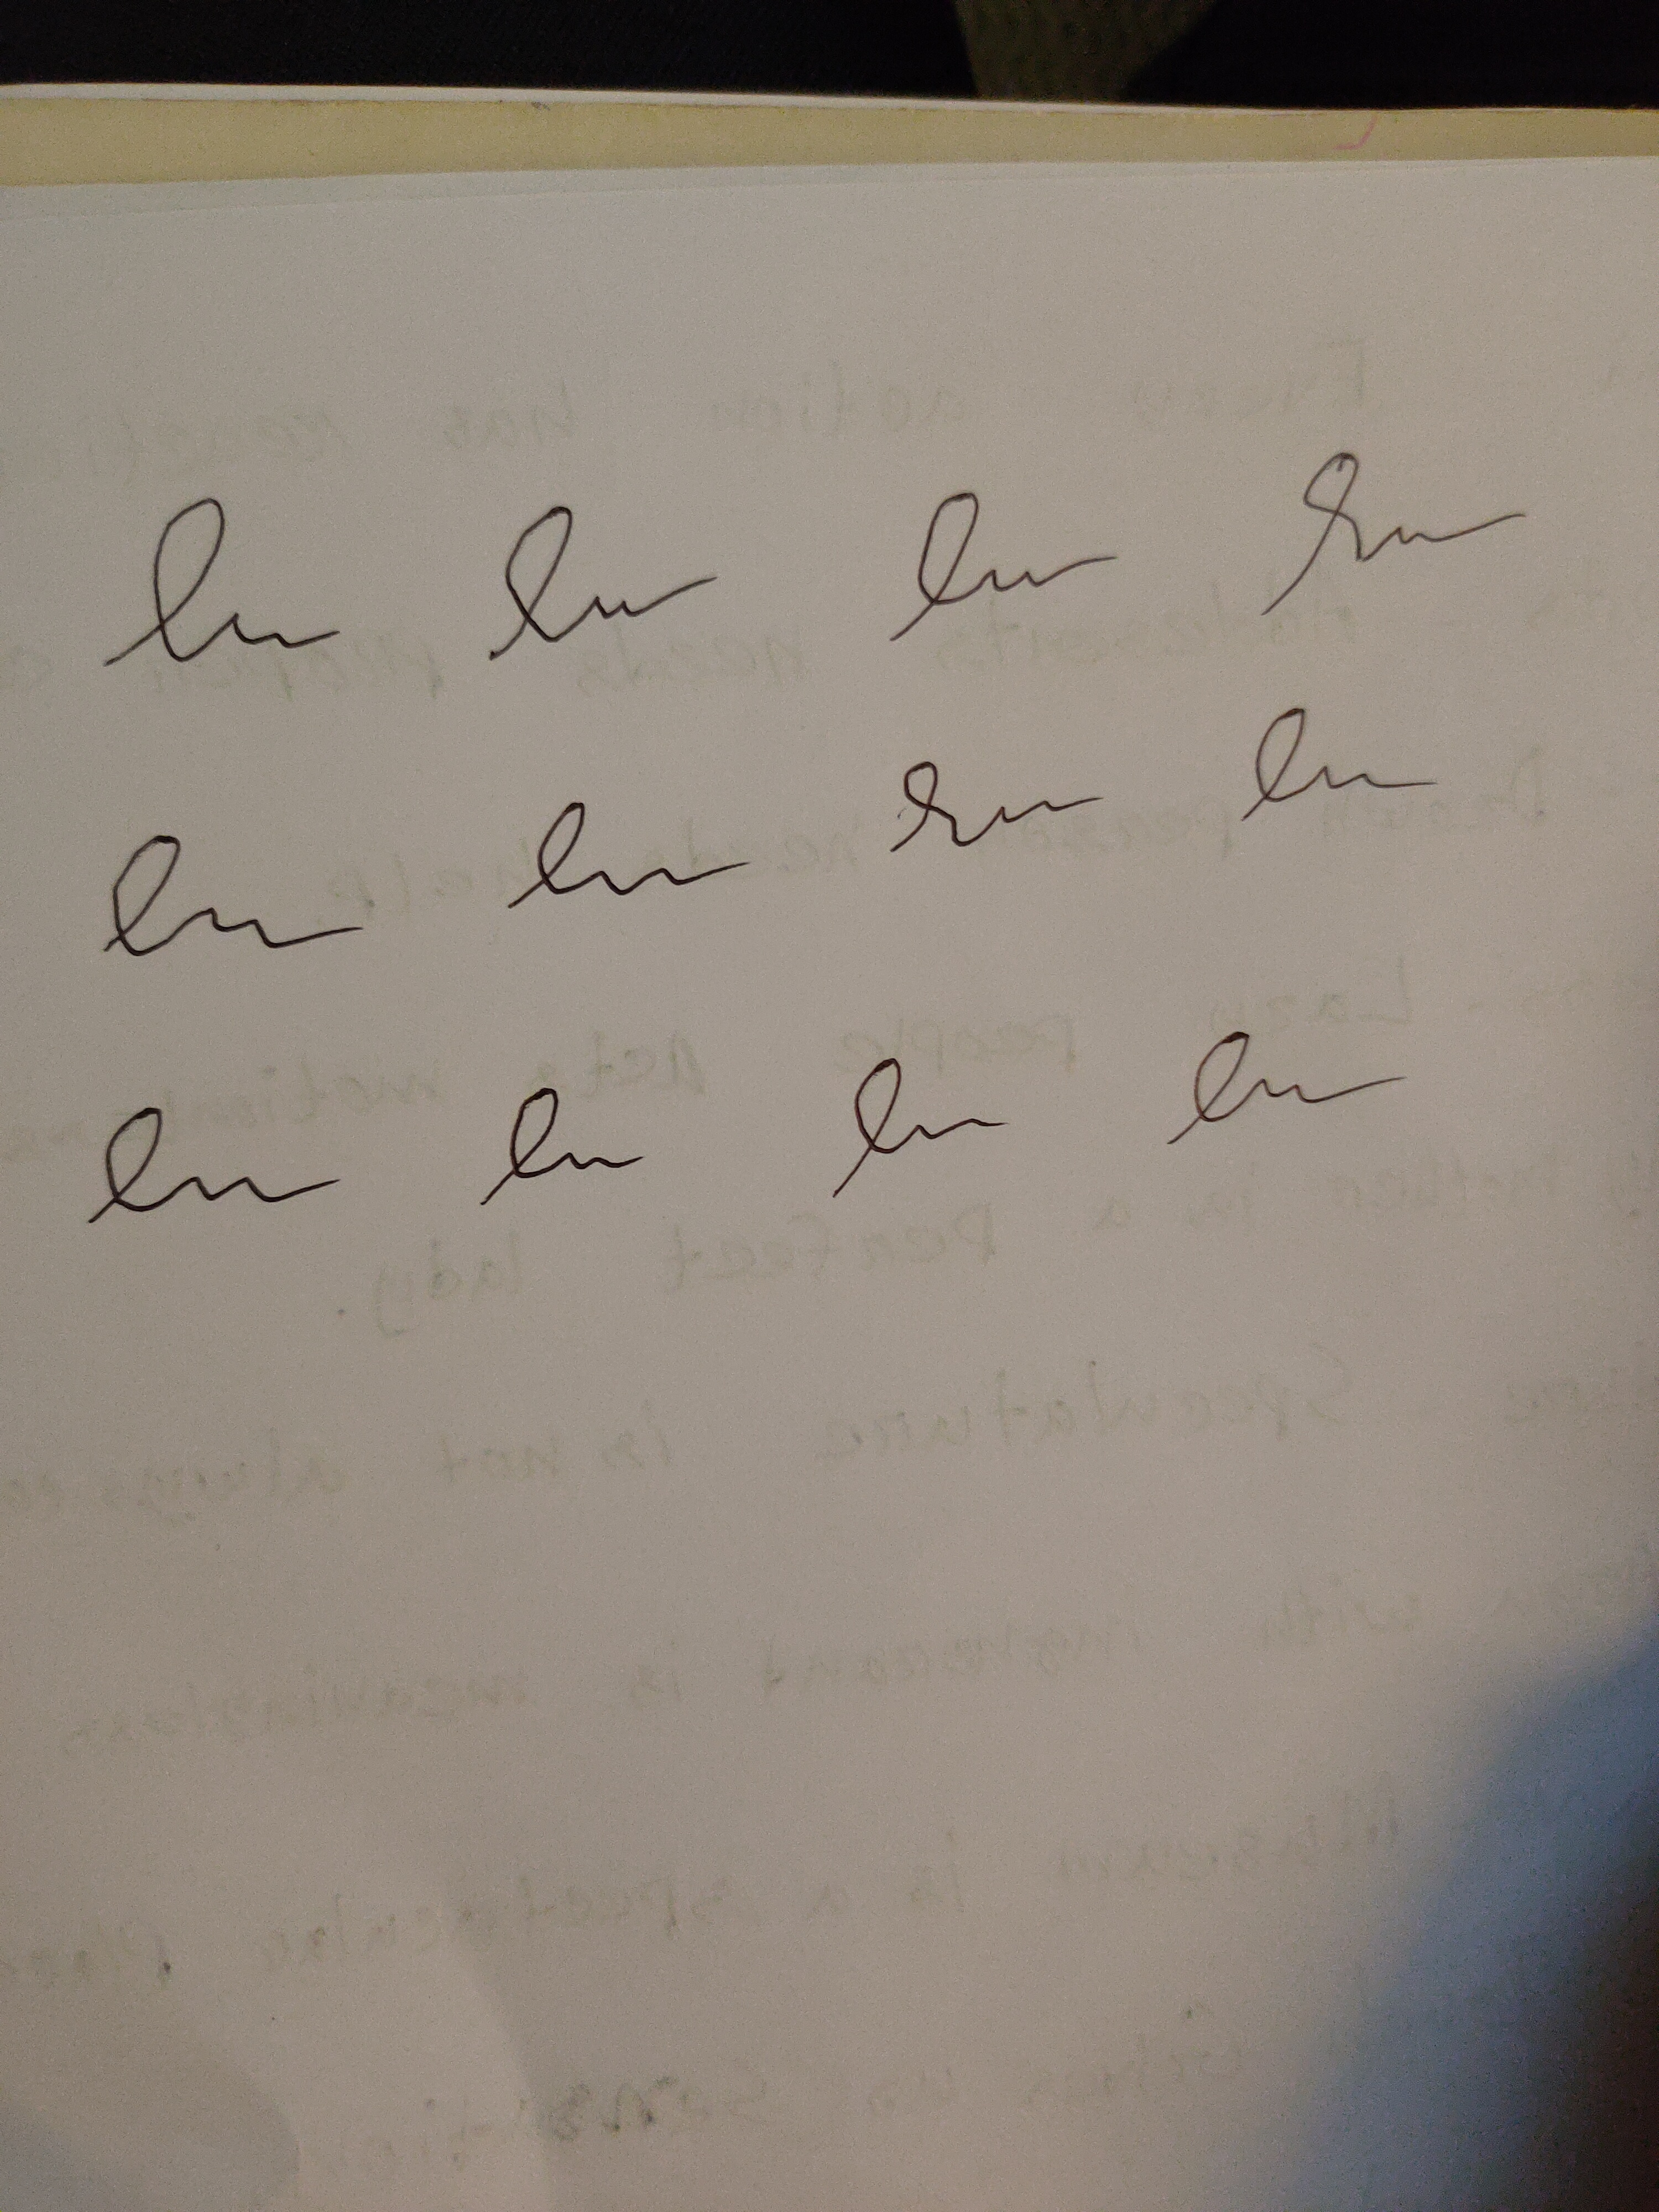
Signature authenticity: forged